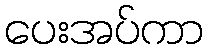
ပေးအပ်ကာ